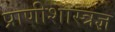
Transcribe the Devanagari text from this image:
प्राणीशास्त्रज्ञ